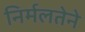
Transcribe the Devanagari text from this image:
निर्मलतेने